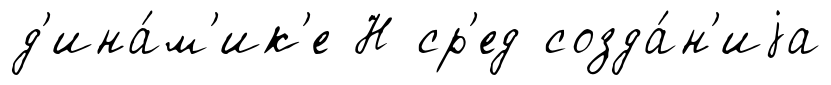
д'ина́м'ик'е Н ср'ед созда́н'иjа